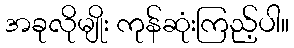
အခုလိုမျိုး ကုန်ဆုံးကြည့်ပါ။